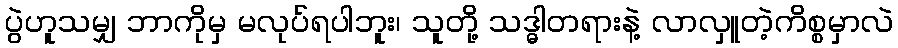
ပွဲဟူသမျှ ဘာကိုမှ မလုပ်ရပါဘူး၊ သူတို့ သဒ္ဓါတရားနဲ့ လာလှူတဲ့ကိစ္စမှာလဲ